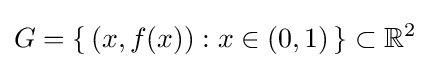
G=\{\,(x,f(x)):x\in (0,1)\,\}\subset \mathbb {R} ^{2}